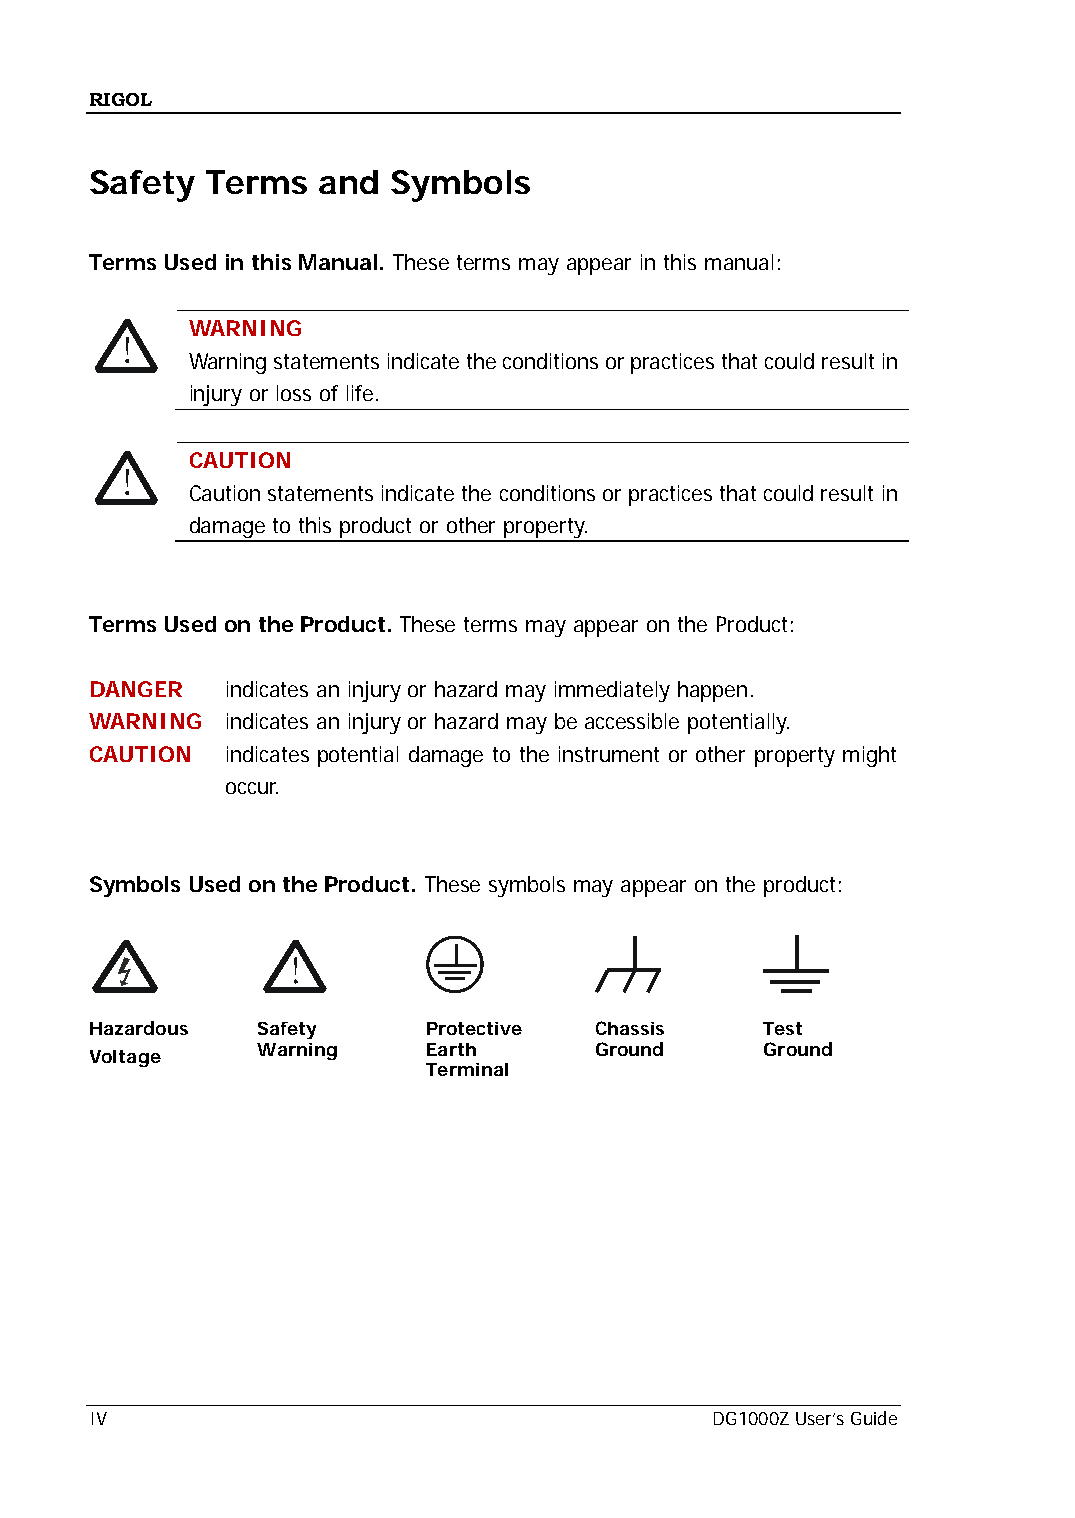
RIGOL
 Safety  Terms  and  Symbols
 Terms Used in this Manual. These terms may appear in this manual:
 WARNING
 Warning statements indicate the conditions or practices that could result in
 injury or loss of life.
 CAUTION
 Caution statements indicate the conditions or practices that could result in
 damage to this product or other property.
 Terms Used on the Product. These terms may appear on the Product:
 DANGER   indicates an injury or hazard may immediately happen.
 WARNING  indicates an injury or hazard may be accessible potentially.
 CAUTION  indicates potential damage to the instrument or other property might
 occur.
 Symbols Used on the Product. These symbols may appear on the product:
 Hazardous  Safety     Protective Chassis     Test
 Warning    Earth      Ground      Ground
 Voltage
 Terminal
 IV                                       DG1000Z User’s Guide